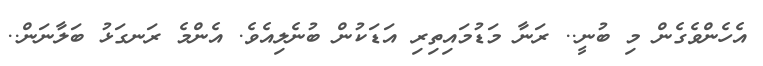
އެހެންވެގެން މި ބުނީ.. ރަނާ މަޑުމައިތިރި އަޑަކުން ބުނެލިއެވެ. އެންމެ ރަނގަޅު ބަލާނަން..